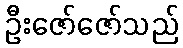
ဦးဇော်ဇော်သည်